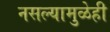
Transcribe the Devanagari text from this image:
नसल्यामुळेही